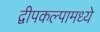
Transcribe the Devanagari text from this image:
द्वीपकल्पामध्ये